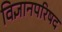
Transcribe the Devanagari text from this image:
विज्ञानपरिषद